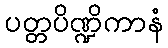
ပတ္တပိဏ္ဍိကာနံ